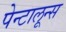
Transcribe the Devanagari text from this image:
पेन्टालून्स